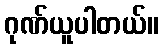
ဂုဏ်ယူပါတယ်။